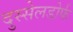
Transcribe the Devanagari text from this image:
दुस्सेलडोर्फ